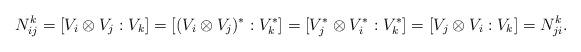
LaTeX: \begin{align*}N_{ij}^k=[V_i\otimes V_j:V_k]=[(V_i\otimes V_j)^*:V_k^*]=[V_j^*\otimes V_i^*:V_k^*]=[V_j\otimes V_i:V_k]=N_{ji}^k.\end{align*}